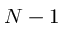
N - 1